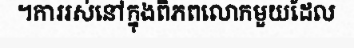
។ការរស់នៅក្នុងពិភពលោកមួយដែល